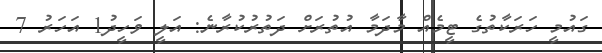
ގައުމީ ހަރަކާތުގެ ޓީމެއް މާދަމާ އުތުރަށް ދަތުރުކުރާނެ: އަލީ ވަހީދު1 އަހަރު 7